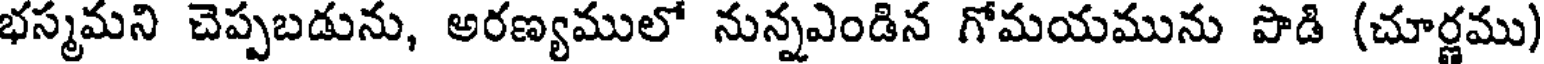
భస్మమని చెప్పబడును, అరణ్యములో నున్నఎండిన గోమయమును పొడి (చూర్ణము)